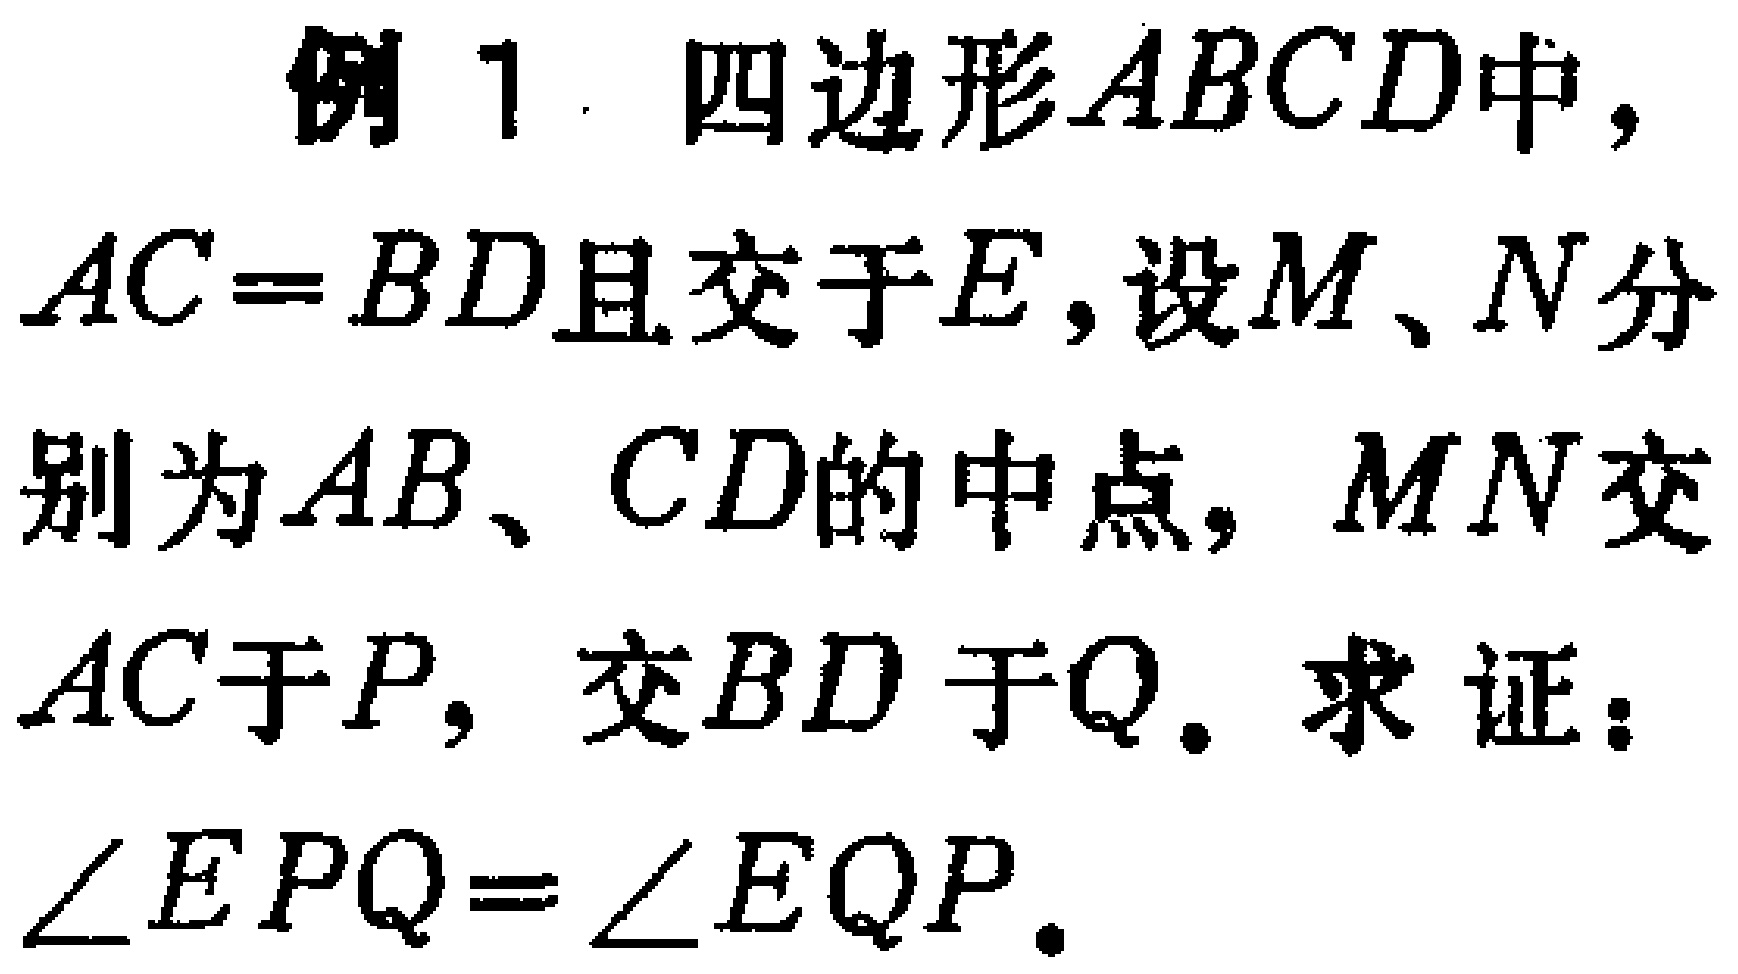
例 1. 四边形\(ABCD\)中，\(AC = BD\)且交于\(E\)，设\(M\)、\(N\)分别为\(AB\)、\(CD\)的中点，\(MN\)交\(AC\)于\(P\)，交\(BD\)于\(Q\)。求证：\(\angle EPQ=\angle EQP\)。